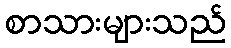
စာသားများသည်